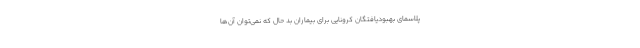
پلاسمای بهبودیافتگان کرونایی برای بیماران بد حال که نمی‌توان آن‌ها